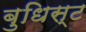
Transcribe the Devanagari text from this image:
बुधिस्ट